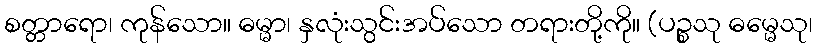
စတ္တာရော၊ ကုန်သော။ ဓမ္မာ၊ နှလုံးသွင်းအပ်သော တရားတို့ကို။ (ပဉ္စသု ဓမ္မေသု၊